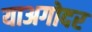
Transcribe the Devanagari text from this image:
याअगोदर